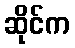
ဆိုင်က